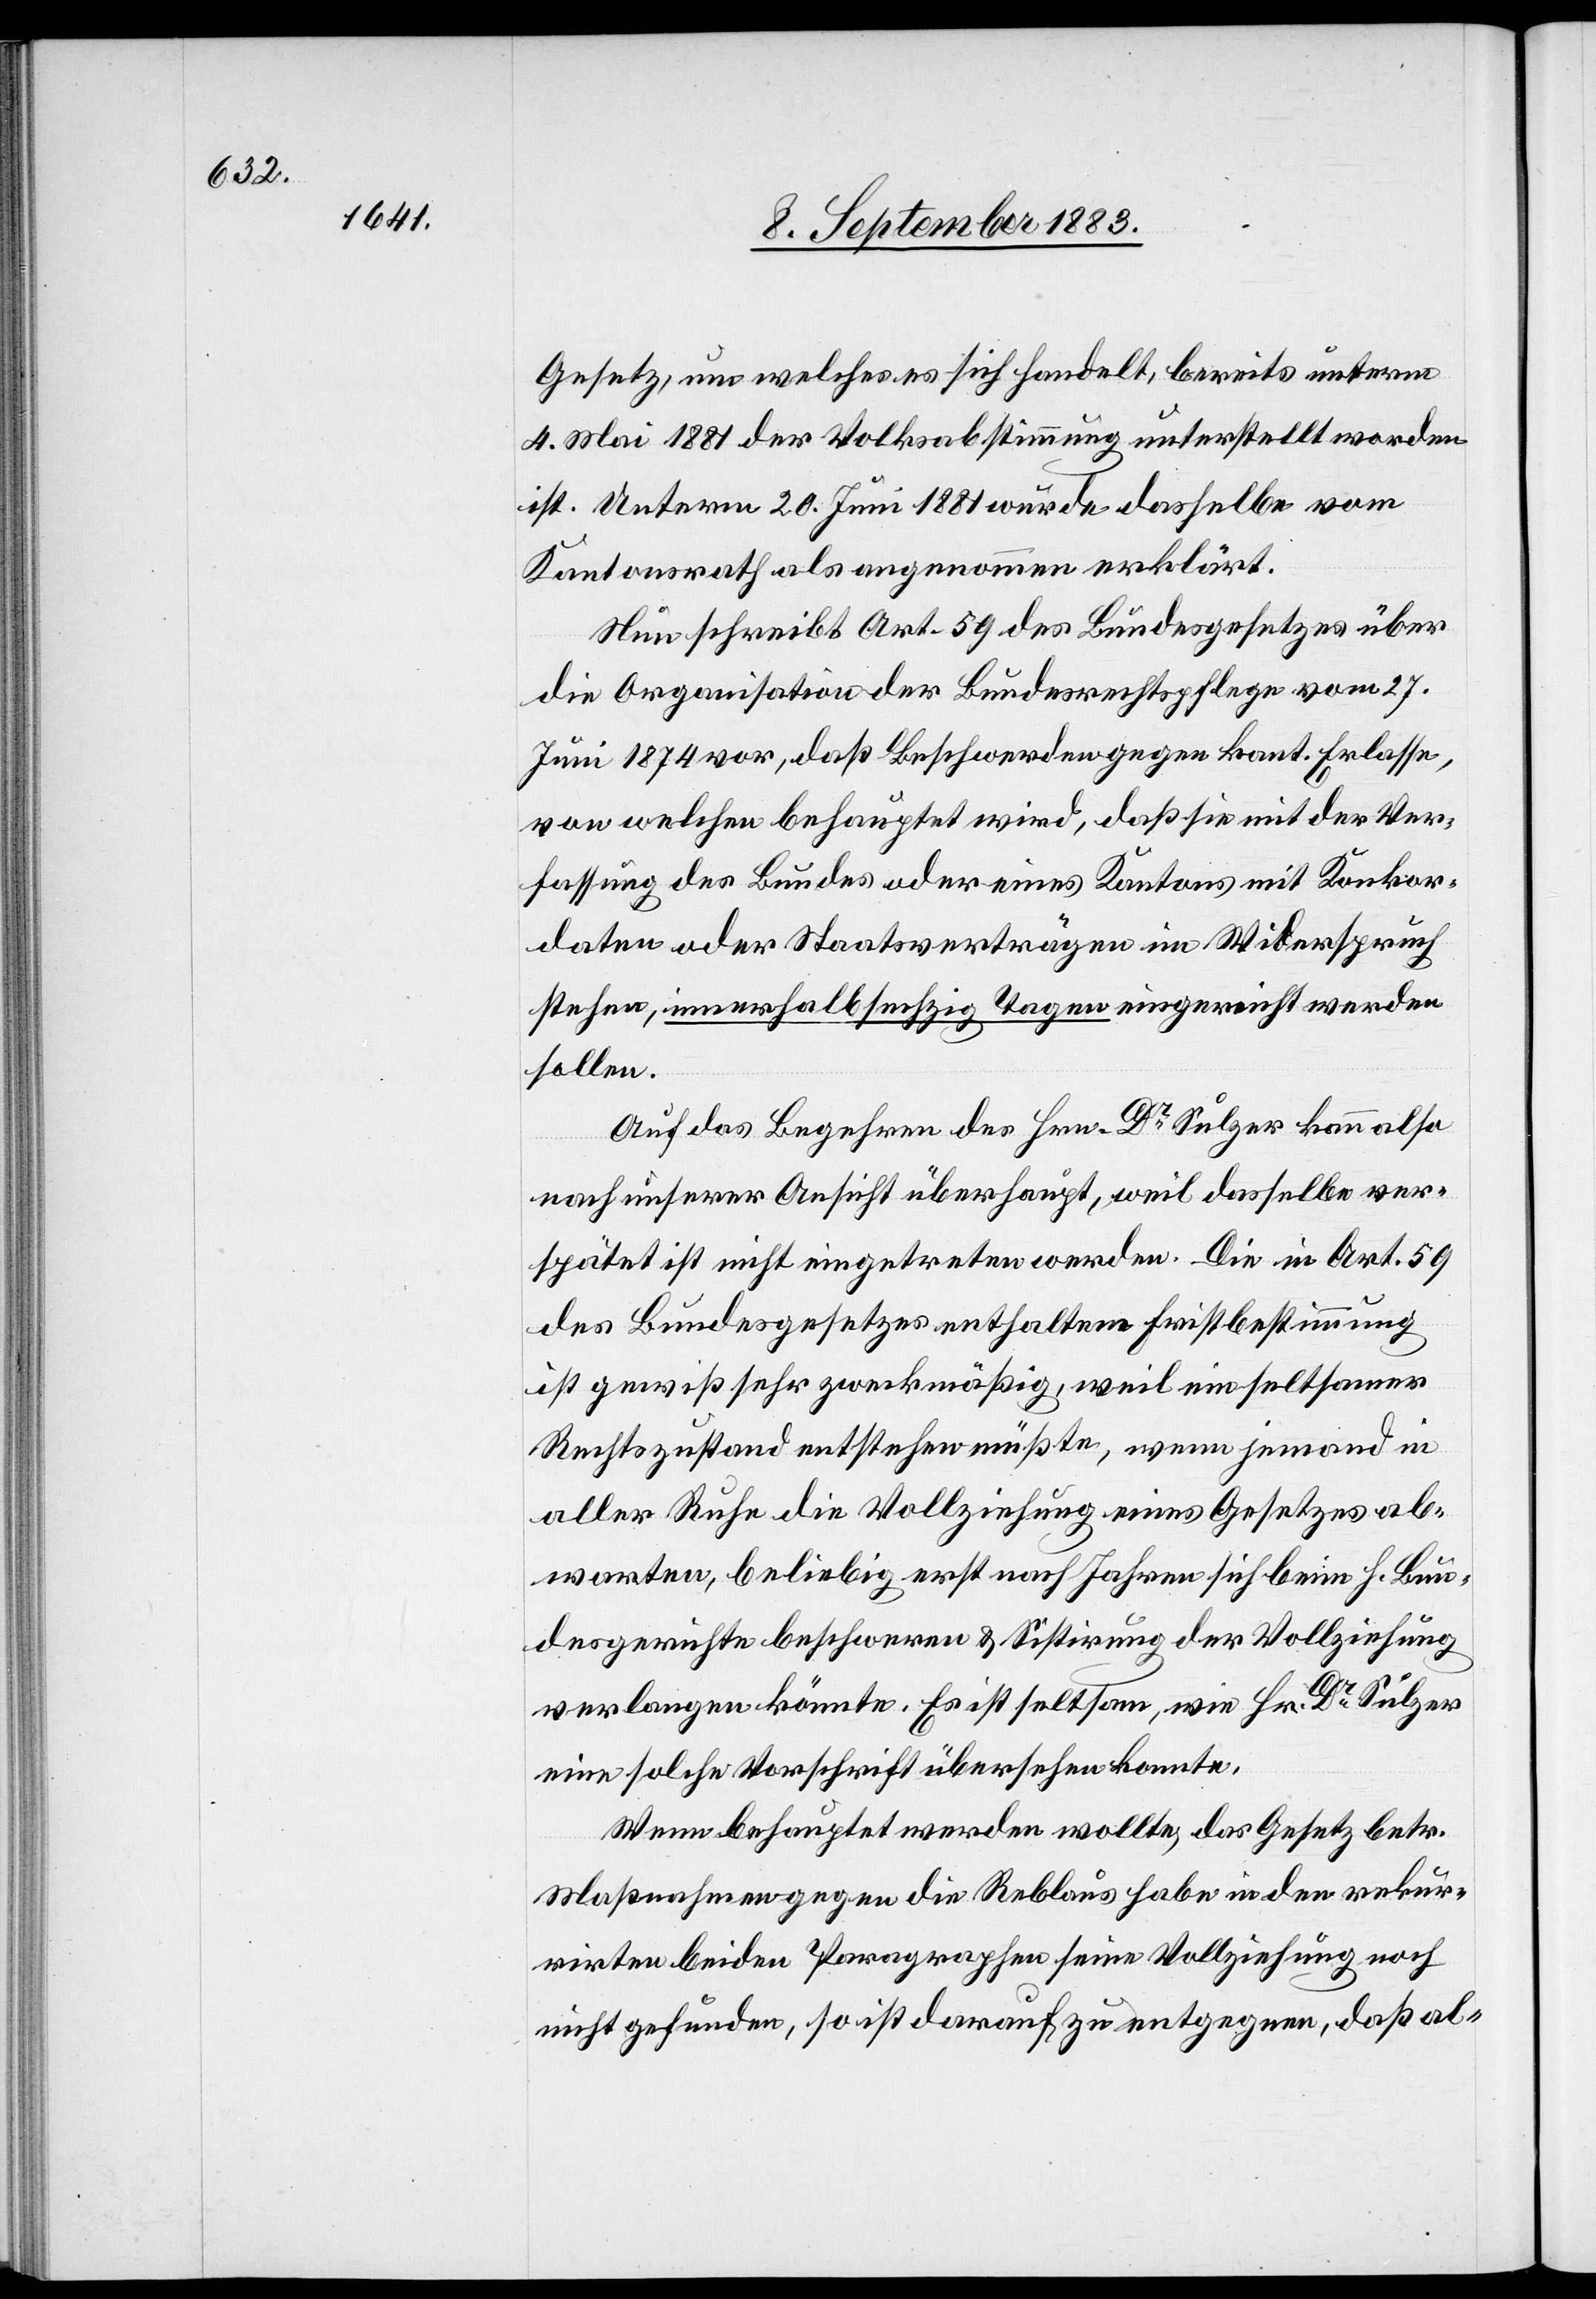
Gesetz, um welches es sich handelt, bereits unterm
4. Mai 1881 der Volksabstimmung unterstellt worden
ist. Unterm 20. Juni 1881 wurde dasselbe vom
Kantonsrath als angenommen erklärt.
Nun schreibt Art. 59 des Bundesgesetzes über
die Organisation der Bundesrechtspflege vom 27.
Juni 1874 vor, daß Beschwerden gegen kant. Erlasse,
von welcher behauptet wird, daß sie mit der Ver¬
fassung des Bundes oder eines Kantons mit Konkor¬
daten oder Staatsverträgen in Widerspruch
stehe, innerhalb sechzig Tagen eingereicht werden
sollen.
Auf das Begehren des Hrn. Dr Sulzer kann also
nach unserer Ansicht überhaupt, weil dasselbe ver¬
spätet ist nicht eingetreten werden. Die in Art. 59
des Bundesgesetzes enthaltene Fristbestimmung
ist gewiß sehr zweckmäßig, weil ein seltsamer
Rechtszustand entstehen müßte, wenn jemand in
aller Ruhe die Vollziehung eines Gesetzes ab¬
warten, beliebig erst nach Jahren beim h. Bun¬
desgerichte beschweren & Sistirung der Vollziehung
verlangen könnte. Es ist seltsam, wie Hr. Dr Sulzer
eine solche Vorschrift übersehen konnte.
Wenn behauptet werden wollte, das Gesetzt betr.
Maßnahmen gegen die Reblaus habe in den rekur¬
rirten beiden Paragraphen seine Vollziehung noch
nicht gefunden, so ist darauf zu entgegnen, daß al-